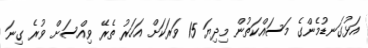
އަޅުގަނޑުމެންގެ މަސައްކަތުން މިދިޔަ 15 ވަރަކަށް އަހަރު ތެރޭ ވިއްސަށް ވުރެ ގިނަ